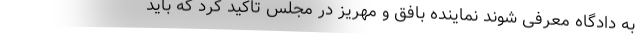
به دادگاه معرفی شوند نماینده بافق و مهریز در مجلس تاکید کرد که باید